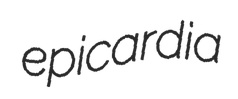
epicardia